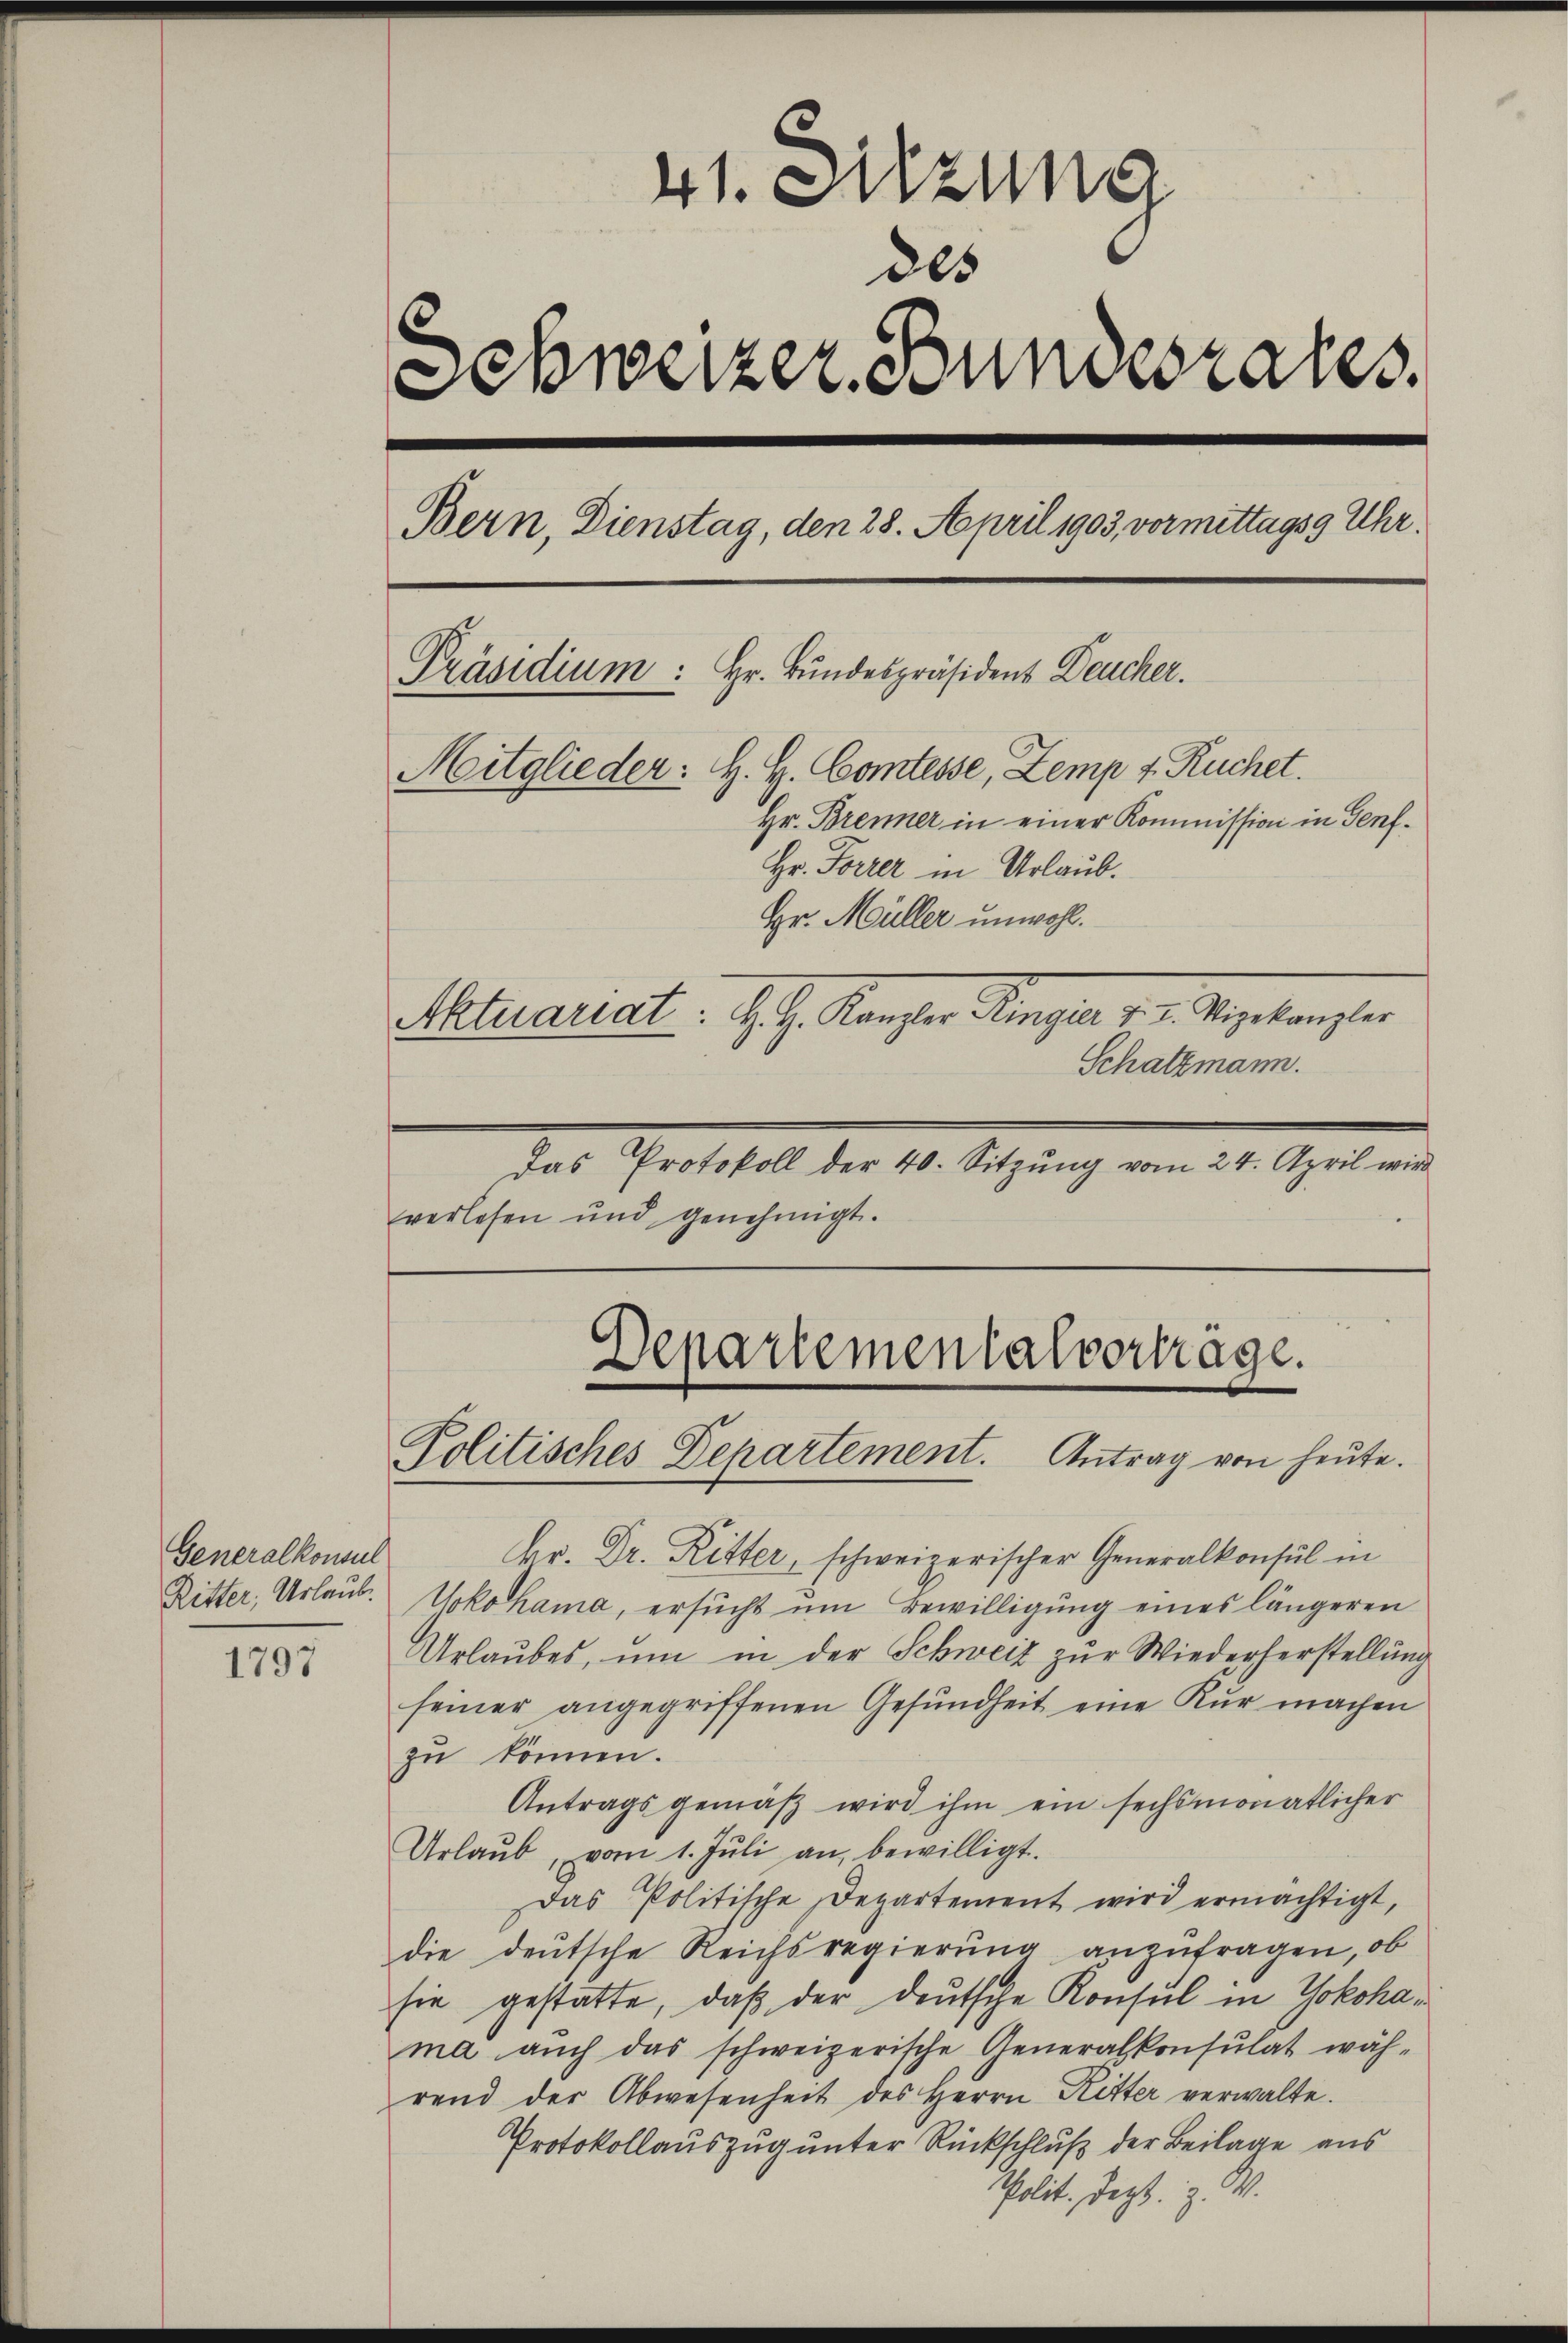
Generalkonsul
Ritter, Urlaub.

1797

41. Setzung
des
Schweizer, donnerrates.
Bern, Dienstag, den 28. April 1903, vormittags 9 Uhr.
Präsidium: Hr. Bundespräsident Deucher.
Mitglieder: H. H. Comtesse, Zemp v. Ruchet.
Hr. Brenner in einer Kommission in Genf¬
Hr. Forrer in Urlaub.
Hr. Müller unwohl.
Aktuariat. H. H. Kanzler Ringier u. I. Vizekanzler
Schatzmann.
Das Protokoll der 40. Sitzung vom 24. April wird

verlesen und genehmigt.

Departementalvertrage.
Politisches Departement. Antrag von heute.

kr. Dr. Ritter, schweizerischer Generalkonsul in
Yokohama, ersucht um Bewilligung eines längeren
Urlaubes, um in der Schweiz zur Wiederherstellung
seiner angegriffenen Gesundheit eine Kur machen
zu können.
Antragsgemäß wird ihm ein sechsmonatlicher
Urlaŭb, vom 1. Jŭli an, bewilligt.
Das Politische Departement wird ermächtigt,
die deutsche Reichsregierung anzufragen, ob
sie gestatte, daß der deutsche Konsul in Yokohama aŭch das schweizerische Generalkonsulat wäh-
rend der Abwesenheit des Herrn Ritter verwalte.
Protokollauszug unter Rückschluß der Beilage aus
Polit. Dezt. Z. W.